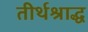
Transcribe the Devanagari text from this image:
तीर्थश्राद्ध